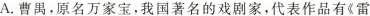
A.曹禺，原名万家宝，我国著名的戏剧家，代表作品有《雷